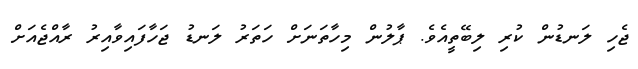
ޖެހި ލަނޑުން ކުރި ލިބޭތީއެވެ. ޕާލުން މިހާތަނަށް ހަތަރު ލަނޑު ޖަހާފައިވާއިރު ރާއްޖެއަށް